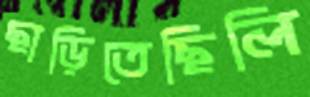
ছাড়িতেছিলি